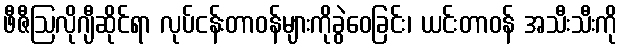
ဖီဇီဩလိုဂျီဆိုင်ရာ လုပ်ငန်းတာဝန်များကိုခွဲဝေခြင်း၊ ယင်းတာဝန် အသီးသီးကို